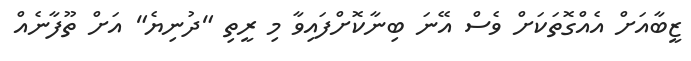
ޒީބާއަށް އެއްގޮތަކަށް ވެސް އޭނަ ބިނާކޮށްފައިވާ މި ރީތި "ދުނިޔެ" އަށް ތޫފާނެއް